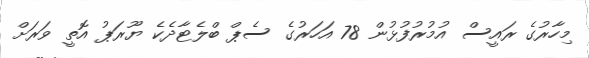
މިހާރުގެ ރައީސް އުމުރުފުޅުން 78 އަހަރުގެ ސެޕް ބްލެޓާދެކެ ޔޫރަޕު އޮތީ ވަރަށް